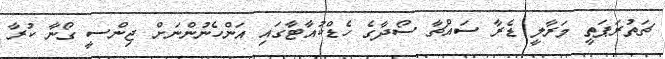
ޗަތުރަޕަތީ މަރާލީ ޑެރާ ސައްޗާ ސޯދާގެ ހެޑްކުއާޓާގައި އަންހެނުންނަށް ޖިންސީ ގޯނާ ކުރާ